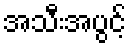
အသီးအပွင့်